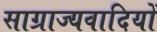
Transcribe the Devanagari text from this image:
साग्राज्यवादियों